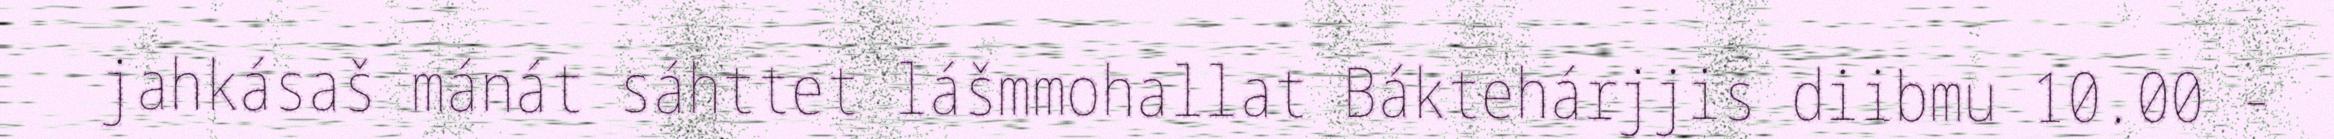
jahkásaš mánát sáhttet lášmmohallat Báktehárjjis diibmu 10.00 -